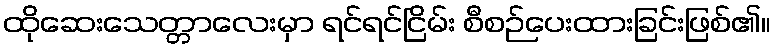
ထိုဆေးသေတ္တာလေးမှာ ရင်ရင်ငြိမ်း စီစဉ်ပေးထားခြင်းဖြစ်၏။